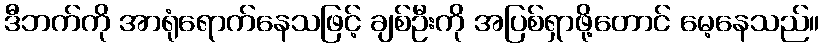
ဒီဘက်ကို အာရုံရောက်နေသဖြင့် ချစ်ဦးကို အပြစ်ရှာဖို့တောင် မေ့နေသည်။